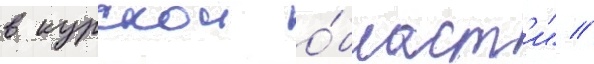
в курскои о́бласт'и" //